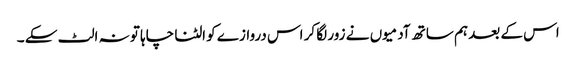
اس کے بعد ہم ساتھ آدمیوں نے زور لگا کر اس دروازے کو الٹنا چاہا تو نہ الٹ سکے ۔